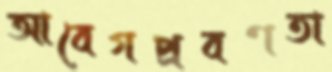
আবেগপ্রবণতা